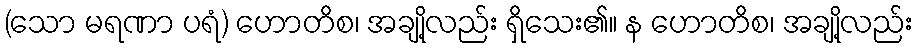
(သော မရဏာ ပရံ) ဟောတိစ၊ အချို့လည်း ရှိသေး၏။ န ဟောတိစ၊ အချို့လည်း